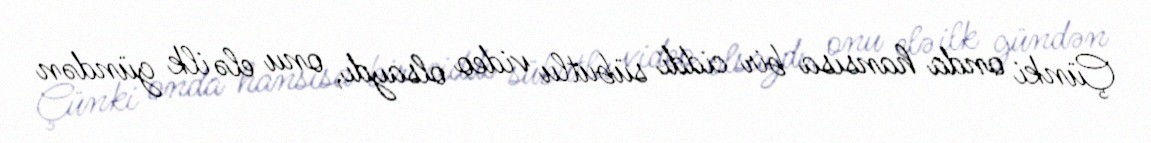
Çünki onda hansısa bir ciddi sübutlu video olsaydı, onu elə ilk gündən